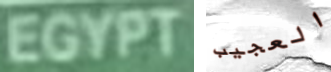
EGYPT العجيب